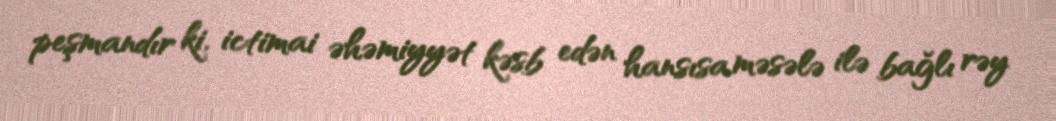
peşmandır ki, ictimai əhəmiyyət kəsb edən hansısa məsələ ilə bağlı rəy